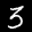
Label: 3